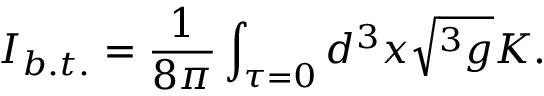
I _ { b . t . } = \frac 1 { 8 \pi } \int _ { \tau = 0 } d ^ { 3 } x \sqrt { ^ 3 g } K .